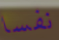
نفسا